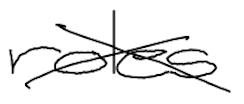
Text: roles
Cross-out: cross
Writing tool: digital_black